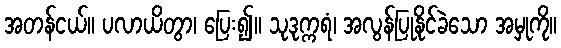
အတန်ငယ်။ ပလာယိတွာ၊ ပြေး၍။ သုဒုက္ကရံ၊ အလွန်ပြုနိုင်ခဲသော အမှုကို။